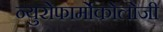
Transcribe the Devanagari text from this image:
न्युरोफार्मोकोलोजी